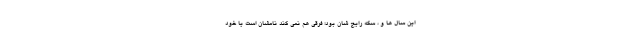
این سال ها و ، سکه رایج شان بود؛ فرقی هم نمی کند نامشان است یا خود